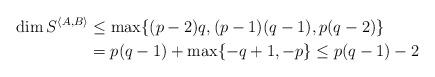
LaTeX: \begin{align*}\dim S^{\langle A,B\rangle}&\le\max\{(p-2)q,(p-1)(q-1),p(q-2)\}\\&=p(q-1)+\max\{-q+1,-p\}\le p(q-1)-2\end{align*}